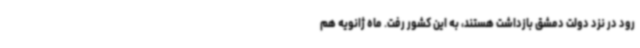
رود در نزد دولت دمشق بازداشت هستند، به این کشور رفت. ماه ژانویه هم